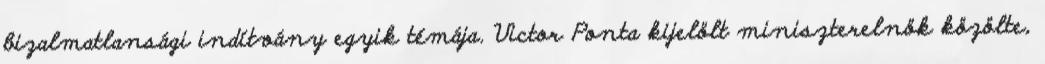
bizalmatlansági indítvány egyik témája. Victor Ponta kijelölt miniszterelnök közölte,